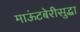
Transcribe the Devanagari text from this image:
माऊंटबेरीसुद्धा